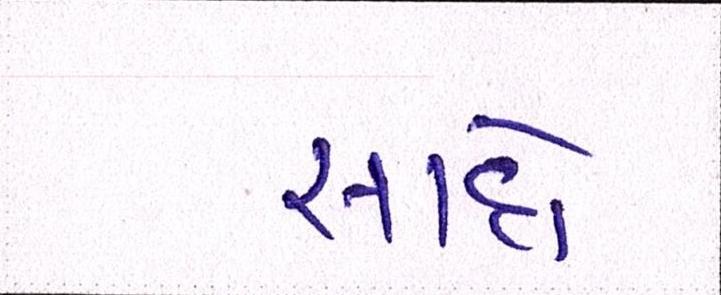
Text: સાદો